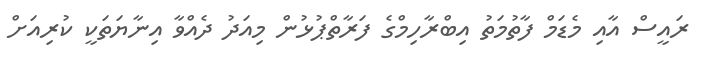
ރައީސް އާއި މެޑަމް ފާތުމަތު އިބްރާހިމްގެ ފަރާތްޕުޅުން މިއަދު ދެއްވާ އިނާޔަތަކީ ކުރިއަށް